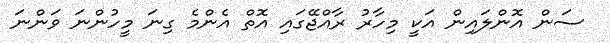
ސަން އޮންލައިން އަކީ މިހާރު ރާއްޖޭގައި އޮތް އެންމެ ގިނަ މީހުންނަ ވަންނަ